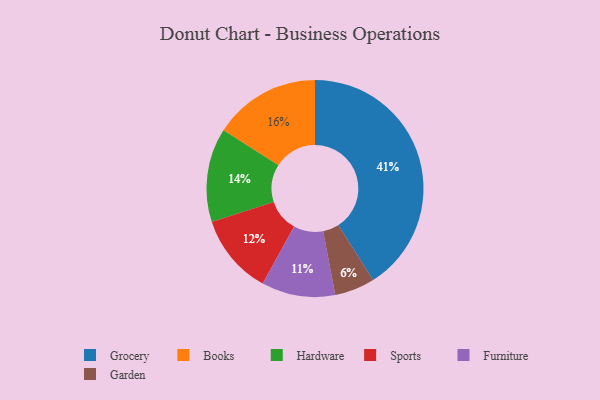
{"axis": {"x": "Category", "y": "Percentage"}, "legend": ["Books", "Furniture", "Garden", "Grocery", "Hardware", "Sports"], "data": [{"x": "Sports", "y": 12, "type": "Sports"}, {"x": "Furniture", "y": 11, "type": "Furniture"}, {"x": "Garden", "y": 6, "type": "Garden"}, {"x": "Books", "y": 16, "type": "Books"}, {"x": "Grocery", "y": 41, "type": "Grocery"}, {"x": "Hardware", "y": 14, "type": "Hardware"}]}